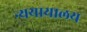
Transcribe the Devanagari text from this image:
न्ययायालय